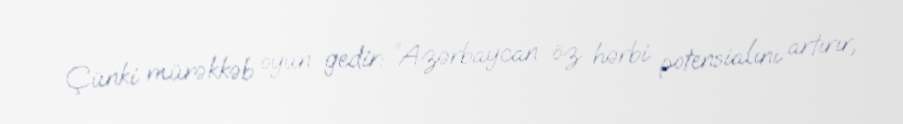
Çünki mürəkkəb oyun gedir: “Azərbaycan öz hərbi potensialını artırır,